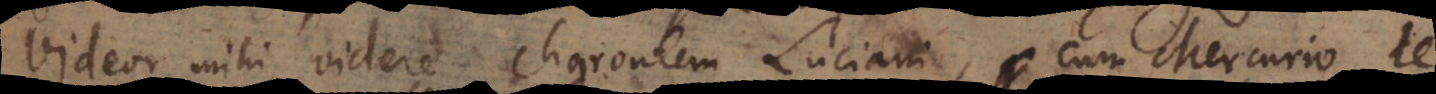
Videor mihi videre Charontem Luciani, cum Mercurio de